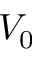
V _ { 0 }